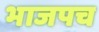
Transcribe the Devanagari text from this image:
भाजपच